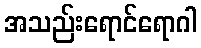
အသည်းရောင်ရောဂါ